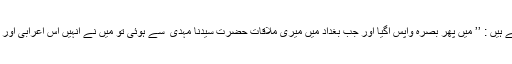
حضرت شبیب ؒ فرماتے ہیں : ’’ میں پھر بصرہ واپس آگیا اور جب بغداد میں میری ملاقات حضرت سیدنا مہدی ؒ سے ہوئی تو میں نے انہیں اس اعرابی اور لونڈی والا واقعہ بتایا ۔